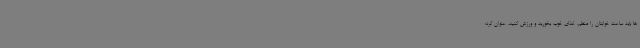
ها باید ساعت خوابتان را منظم، غذای خوب بخورید و ورزش کنید، عنوان کرد: